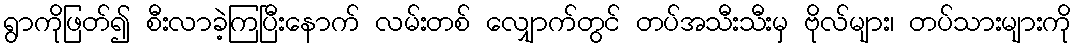
ရွာကိုဖြတ်၍ စီးလာခဲ့ကြပြီးနောက် လမ်းတစ် လျှောက်တွင် တပ်အသီးသီးမှ ဗိုလ်များ၊ တပ်သားများကို